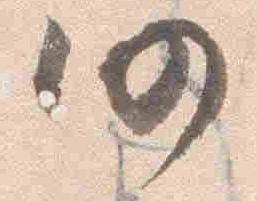
仍